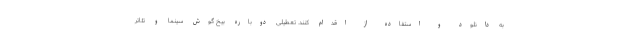
به دانلود و استفاده از اقدام کنند. تعطیلی دوباره بیخ گوش سینما و تئاتر